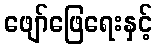
ဖျော်ဖြေရေးနှင့်